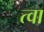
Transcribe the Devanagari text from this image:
त्‍वा